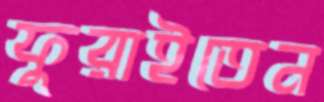
ফুরাইতেন